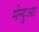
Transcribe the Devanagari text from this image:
मेन्दुआ